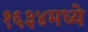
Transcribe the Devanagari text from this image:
१६३४मध्ये